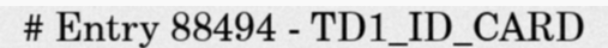
# Entry 88494 - TD1_ID_CARD